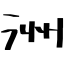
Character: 洲